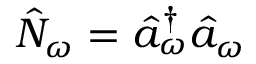
\hat { N } _ { \omega } = \hat { a } _ { \omega } ^ { \dagger } \hat { a } _ { \omega }